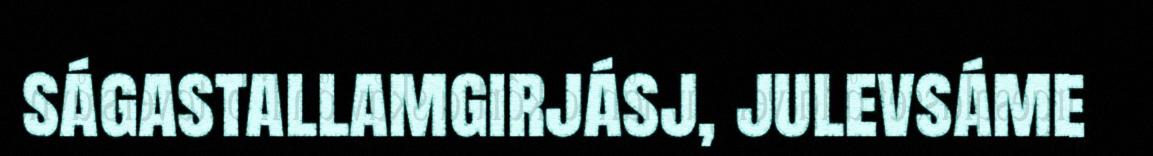
ságastallamgirjásj, julevsáme